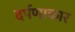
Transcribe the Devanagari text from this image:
दर्पणाकार